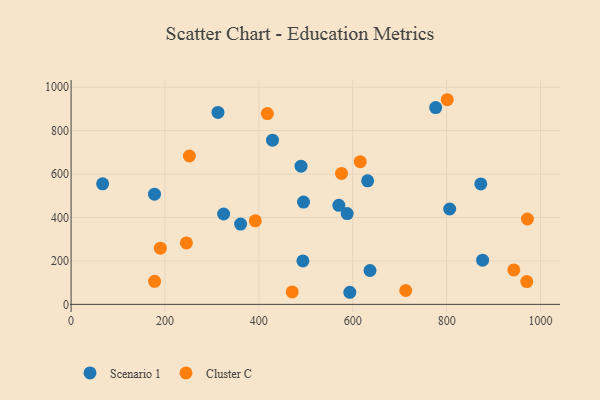
{"axis": {"x": "Ad Spend", "y": "Demand"}, "legend": ["Cluster C", "Scenario 1"], "data": [{"x": "177.7", "y": 507.4, "type": "Scenario 1"}, {"x": "631.7", "y": 568.9, "type": "Scenario 1"}, {"x": "361.1", "y": 369.6, "type": "Scenario 1"}, {"x": "588.1", "y": 417.9, "type": "Scenario 1"}, {"x": "876.5", "y": 203.5, "type": "Scenario 1"}, {"x": "429.0", "y": 756.0, "type": "Scenario 1"}, {"x": "67.2", "y": 554.9, "type": "Scenario 1"}, {"x": "312.9", "y": 883.8, "type": "Scenario 1"}, {"x": "324.9", "y": 416.1, "type": "Scenario 1"}, {"x": "570.3", "y": 456.1, "type": "Scenario 1"}, {"x": "776.6", "y": 906.1, "type": "Scenario 1"}, {"x": "495.1", "y": 471.2, "type": "Scenario 1"}, {"x": "489.8", "y": 636.2, "type": "Scenario 1"}, {"x": "636.7", "y": 156.0, "type": "Scenario 1"}, {"x": "872.7", "y": 554.5, "type": "Scenario 1"}, {"x": "593.7", "y": 55.7, "type": "Scenario 1"}, {"x": "493.8", "y": 200.0, "type": "Scenario 1"}, {"x": "806.4", "y": 439.1, "type": "Scenario 1"}, {"x": "177.9", "y": 106.3, "type": "Cluster C"}, {"x": "252.0", "y": 683.0, "type": "Cluster C"}, {"x": "943.0", "y": 158.4, "type": "Cluster C"}, {"x": "971.9", "y": 393.0, "type": "Cluster C"}, {"x": "418.1", "y": 878.4, "type": "Cluster C"}, {"x": "245.6", "y": 283.0, "type": "Cluster C"}, {"x": "615.9", "y": 656.9, "type": "Cluster C"}, {"x": "970.6", "y": 105.0, "type": "Cluster C"}, {"x": "190.2", "y": 258.6, "type": "Cluster C"}, {"x": "712.8", "y": 63.9, "type": "Cluster C"}, {"x": "392.4", "y": 384.5, "type": "Cluster C"}, {"x": "801.2", "y": 942.2, "type": "Cluster C"}, {"x": "576.0", "y": 603.0, "type": "Cluster C"}, {"x": "471.0", "y": 57.1, "type": "Cluster C"}]}